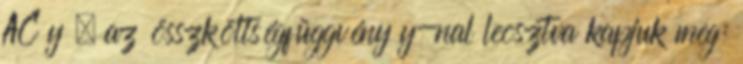
AC y – az összköltségfüggvény y-nal leosztva kapjuk meg: